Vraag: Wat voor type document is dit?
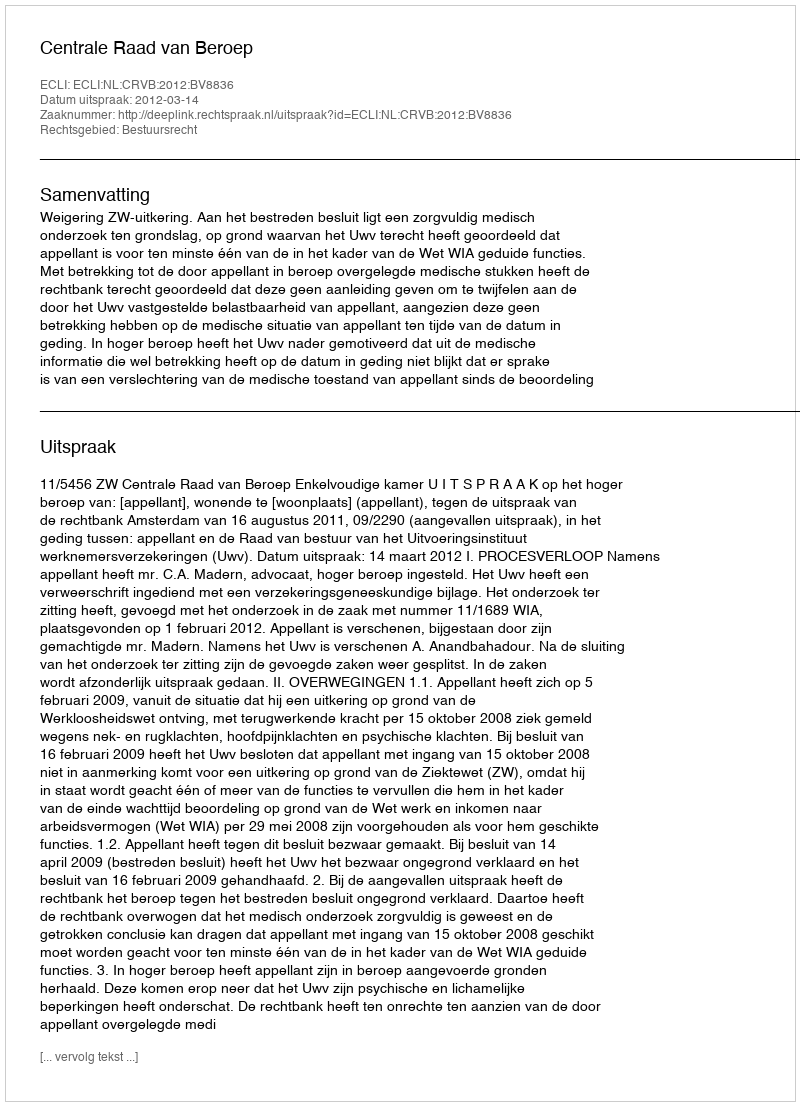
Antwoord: Uitspraak